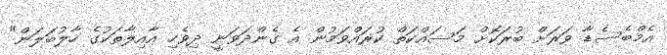
އެމްބެސެޑާ ވަރަށް ބުރަކޮށް މަސައްކަތް ކުރައްވަމުން އެ ގެންދަވަނީ ދިވެހި އާއިލާތަކުގެ ހާލުބަލަން"